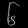
Digit: ၆